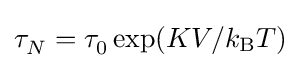
\tau _{N}^{}=\tau _{0}^{}\exp(KV/k_{\text{B}}T)